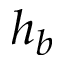
h _ { b }